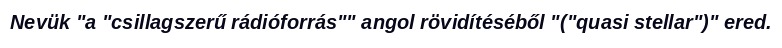
Nevük "a "csillagszerű rádióforrás"" angol rövidítéséből "("quasi stellar")" ered.